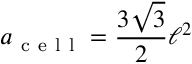
a _ { \mathrm { ~ c ~ e ~ l ~ l ~ } } = \frac { 3 \sqrt { 3 } } { 2 } \ell ^ { 2 }